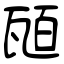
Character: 瓸